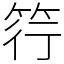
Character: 筕